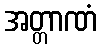
အတ္တာဏံ